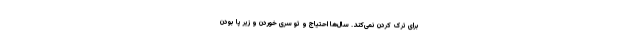
برای ترک کردن نمی‌کند. سال‌ها احتیاج و تو سَری خوردن و زیر پا بودن